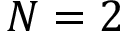
N = 2